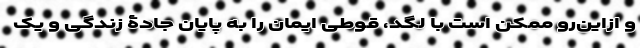
و ازاین‌رو ممکن است با لگد، قوطی ایمان را به پایان جادۀ زندگی و یک